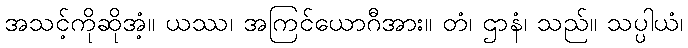
အသင့်ကိုဆိုအံ့။ ယဿ၊ အကြင်ယောဂီအား။ တံ၊ ဌာနံ၊ သည်။ သပ္ပါယံ၊